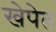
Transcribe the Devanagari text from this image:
खेपेत